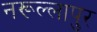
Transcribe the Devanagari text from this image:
नरूल्लापुर